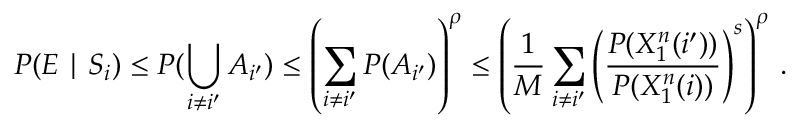
P ( E \mid S _ { i } ) \leq P ( \bigcup _ { i \neq i ^ { \prime } } A _ { i ^ { \prime } } ) \leq \left( \sum _ { i \neq i ^ { \prime } } P ( A _ { i ^ { \prime } } ) \right) ^ { \rho } \leq \left( { \frac { 1 } { M } } \sum _ { i \neq i ^ { \prime } } \left( { \frac { P ( X _ { 1 } ^ { n } ( i ^ { \prime } ) ) } { P ( X _ { 1 } ^ { n } ( i ) ) } } \right) ^ { s } \right) ^ { \rho } \, .